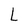
Character: L